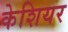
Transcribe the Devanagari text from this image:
केशियर